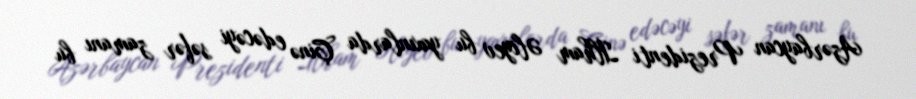
Azərbaycan Prezidenti İlham Əliyev bu yaxınlarda Çinə edəcəyi səfər zamanı bu